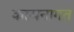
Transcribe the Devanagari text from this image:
कल्पनागत